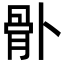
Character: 𩨓